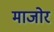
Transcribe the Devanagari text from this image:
माजोर